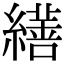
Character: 𦆇